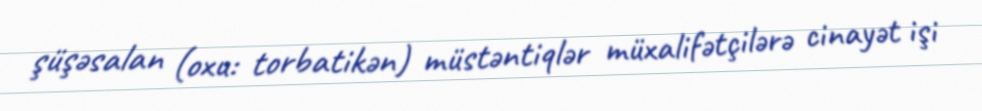
şüşəsalan (oxu: torbatikən) müstəntiqlər müxalifətçilərə cinayət işi